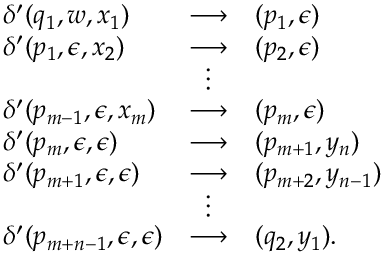
{ \begin{array} { l c l } { \delta ^ { \prime } ( q _ { 1 } , w , x _ { 1 } ) } & { \longrightarrow } & { ( p _ { 1 } , \epsilon ) } \\ { \delta ^ { \prime } ( p _ { 1 } , \epsilon , x _ { 2 } ) } & { \longrightarrow } & { ( p _ { 2 } , \epsilon ) } \\ & { \vdots } & \\ { \delta ^ { \prime } ( p _ { m - 1 } , \epsilon , x _ { m } ) } & { \longrightarrow } & { ( p _ { m } , \epsilon ) } \\ { \delta ^ { \prime } ( p _ { m } , \epsilon , \epsilon ) } & { \longrightarrow } & { ( p _ { m + 1 } , y _ { n } ) } \\ { \delta ^ { \prime } ( p _ { m + 1 } , \epsilon , \epsilon ) } & { \longrightarrow } & { ( p _ { m + 2 } , y _ { n - 1 } ) } \\ & { \vdots } & \\ { \delta ^ { \prime } ( p _ { m + n - 1 } , \epsilon , \epsilon ) } & { \longrightarrow } & { ( q _ { 2 } , y _ { 1 } ) . } \end{array} }